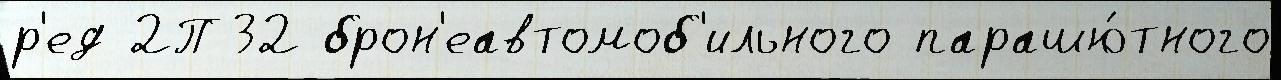
р'ед 2П32 брон'еавтомоб'ильного парашю́тного